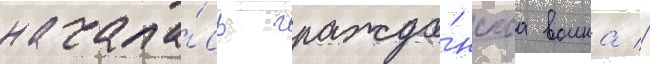
начала́сь гражда́нскаа воина //